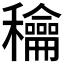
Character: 𥤉